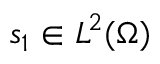
s _ { 1 } \in L ^ { 2 } ( \Omega )